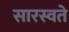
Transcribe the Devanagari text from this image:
सारस्वते